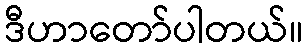
ဒီဟာတော်ပါတယ်။